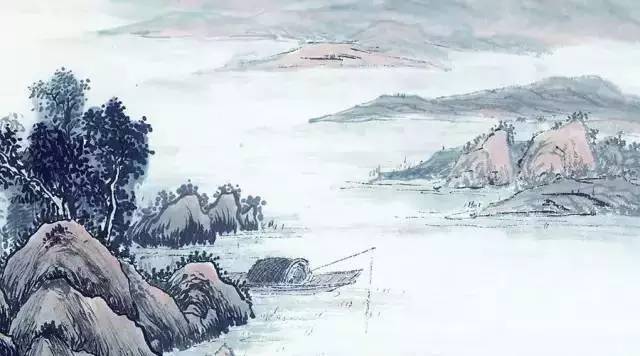
英雄一去豪华尽，惟有青山似洛中。